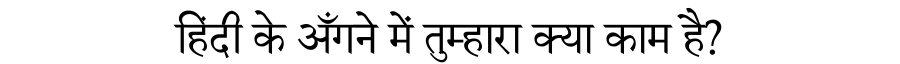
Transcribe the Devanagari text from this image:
हिंदी के अँगने में तुम्हारा क्या काम है?